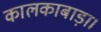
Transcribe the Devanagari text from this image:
कालकाबाड़ा।